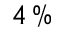
4 \, \%